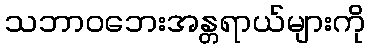
သဘာဝဘေးအန္တရာယ်များကို